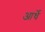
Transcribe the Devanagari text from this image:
आर्धे